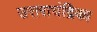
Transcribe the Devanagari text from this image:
उत्तराचंद्रिका